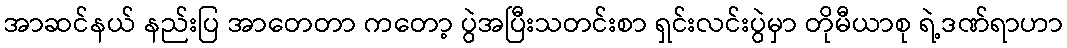
အာဆင်နယ် နည်းပြ အာတေတာ ကတော့ ပွဲအပြီးသတင်းစာ ရှင်းလင်းပွဲမှာ တိုမီယာစု ရဲ့ဒဏ်ရာဟာ